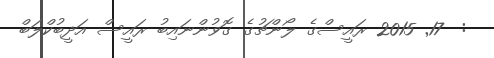
:  17